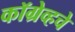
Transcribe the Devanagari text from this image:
कॉग्रेव्हचे